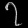
Digit: ၇